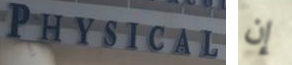
PHYSICAL إن